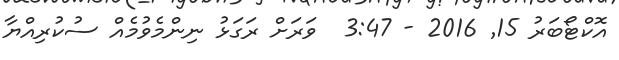
އޮކްޓޯބަރު 15